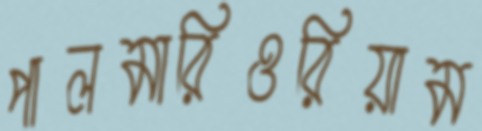
পালমারিওরিয়াম